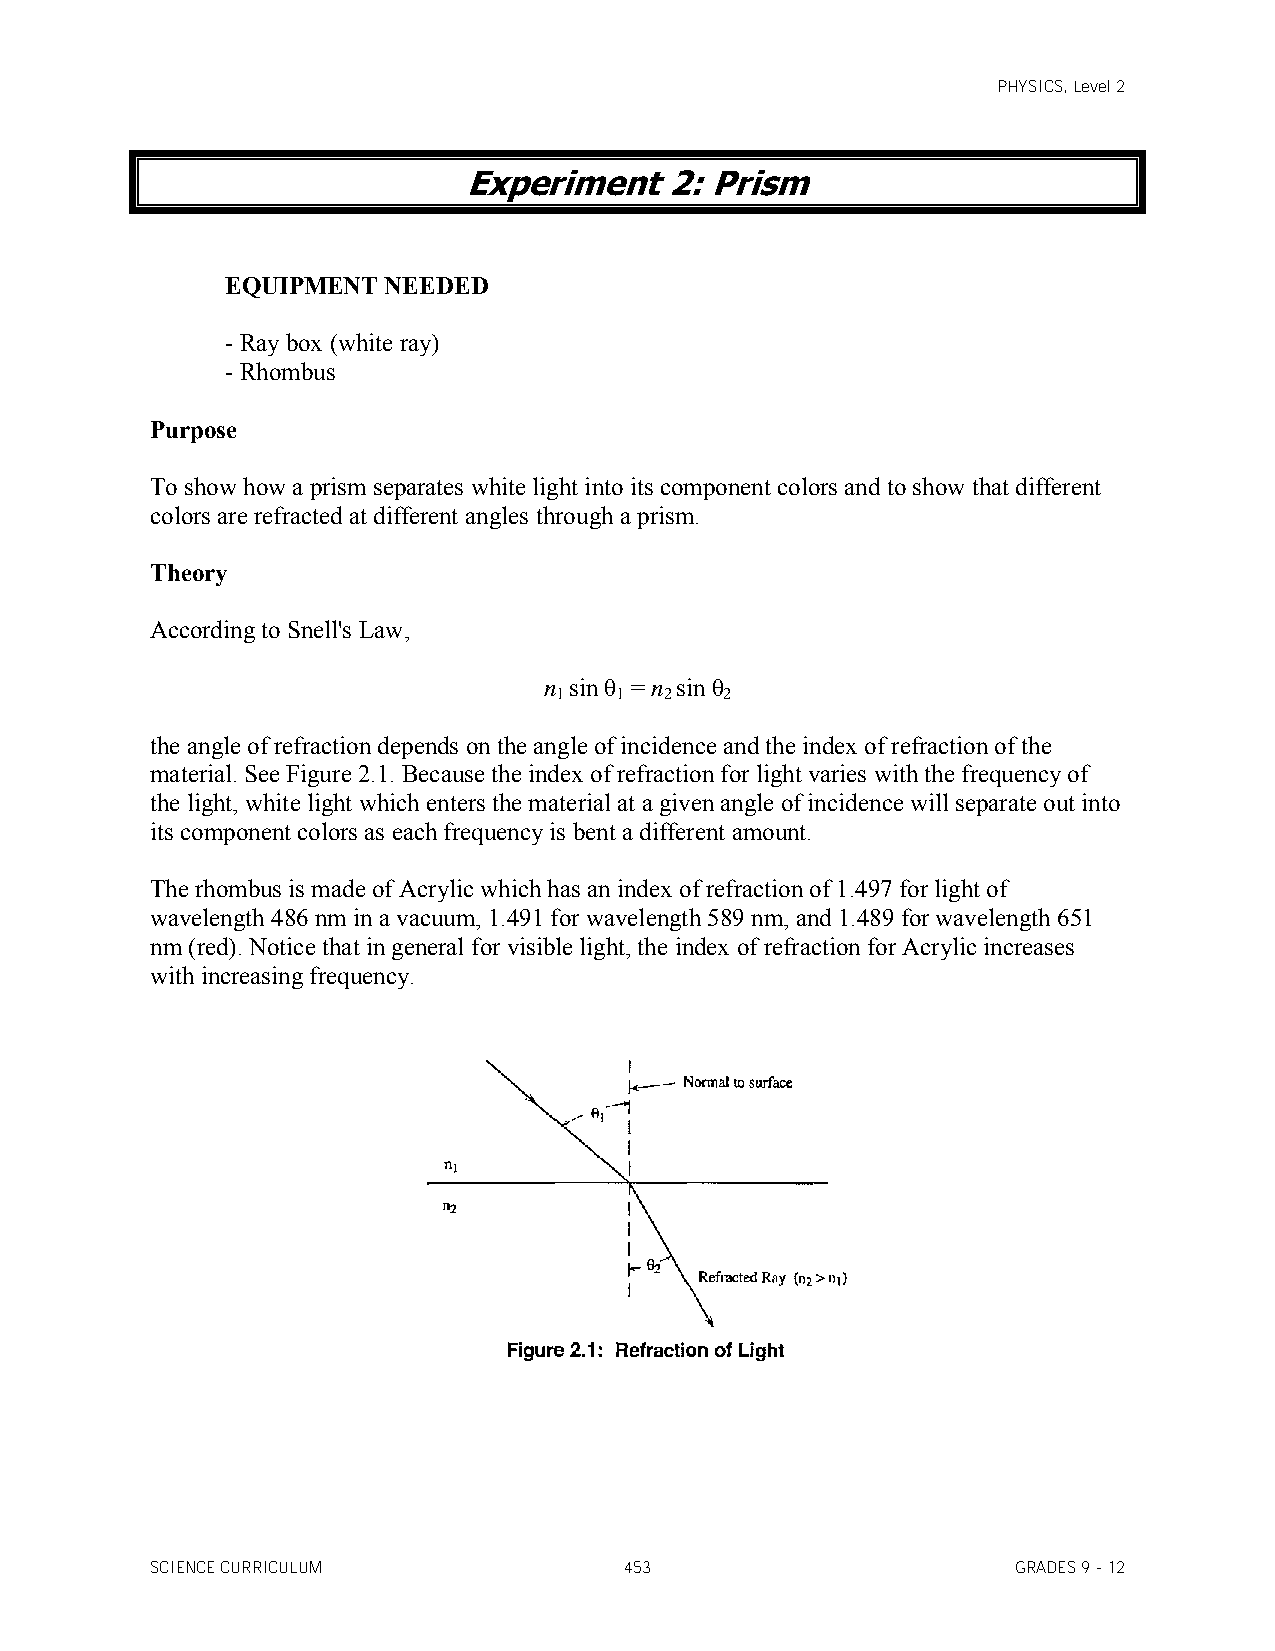
PHYSICS, Level 2
 Experiment   2: Prism
 EQUIPMENT  NEEDED
 - Ray box (white ray)
 - Rhombus
 Purpose
 To show how a prism separates white light into its component colors and to show that different
 colors are refracted at different angles through a prism.
 Theory
 According to Snell's Law,
 n sin θ = n sin θ
 1   1  2   2
 the angle of refraction depends on the angle of incidence and the index of refraction of the
 material. See Figure 2.1. Because the index of refraction for light varies with the frequency of
 the light, white light which enters the material at a given angle of incidence will separate out into
 its component colors as each frequency is bent a different amount.
 The rhombus is made of Acrylic which has an index of refraction of 1.497 for light of
 wavelength 486 nm in a vacuum, 1.491 for wavelength 589 nm, and 1.489 for wavelength 651
 nm (red). Notice that in general for visible light, the index of refraction for Acrylic increases
 with increasing frequency.
 SCIENCE CURRICULUM             453                       GRADES 9 - 12